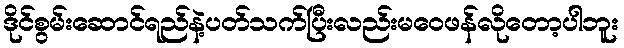
ဒိုင်စွမ်းဆောင်ရည်နဲ့ပတ်သက်ပြီးလည်းမဝေဖန်လိုတော့ပါဘူး